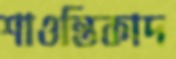
শাওন্তিকাদ